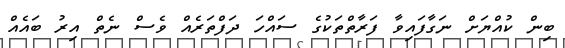
ބިން ކުއްޔަށް ނަގާފައިވާ ފަރާތްތަކުގެ ސައްހަ ދަފްތަރެއް ވެސް ނެތް އިރު ބައެއް